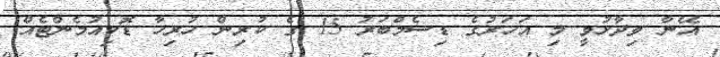
އޭނާ ވިދާޅުވީ މި އަހަރުގެ ޑިސެމްބަރު 15 ގެ ކުރިން ހުރިހާ ޑޮކިއުމެންޓެއް